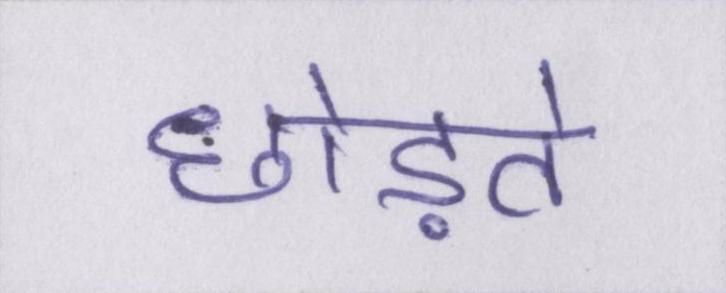
छोड़ते